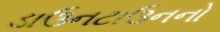
ડાઉનટાઉનનો